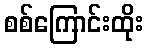
စစ်ကြောင်းထိုး